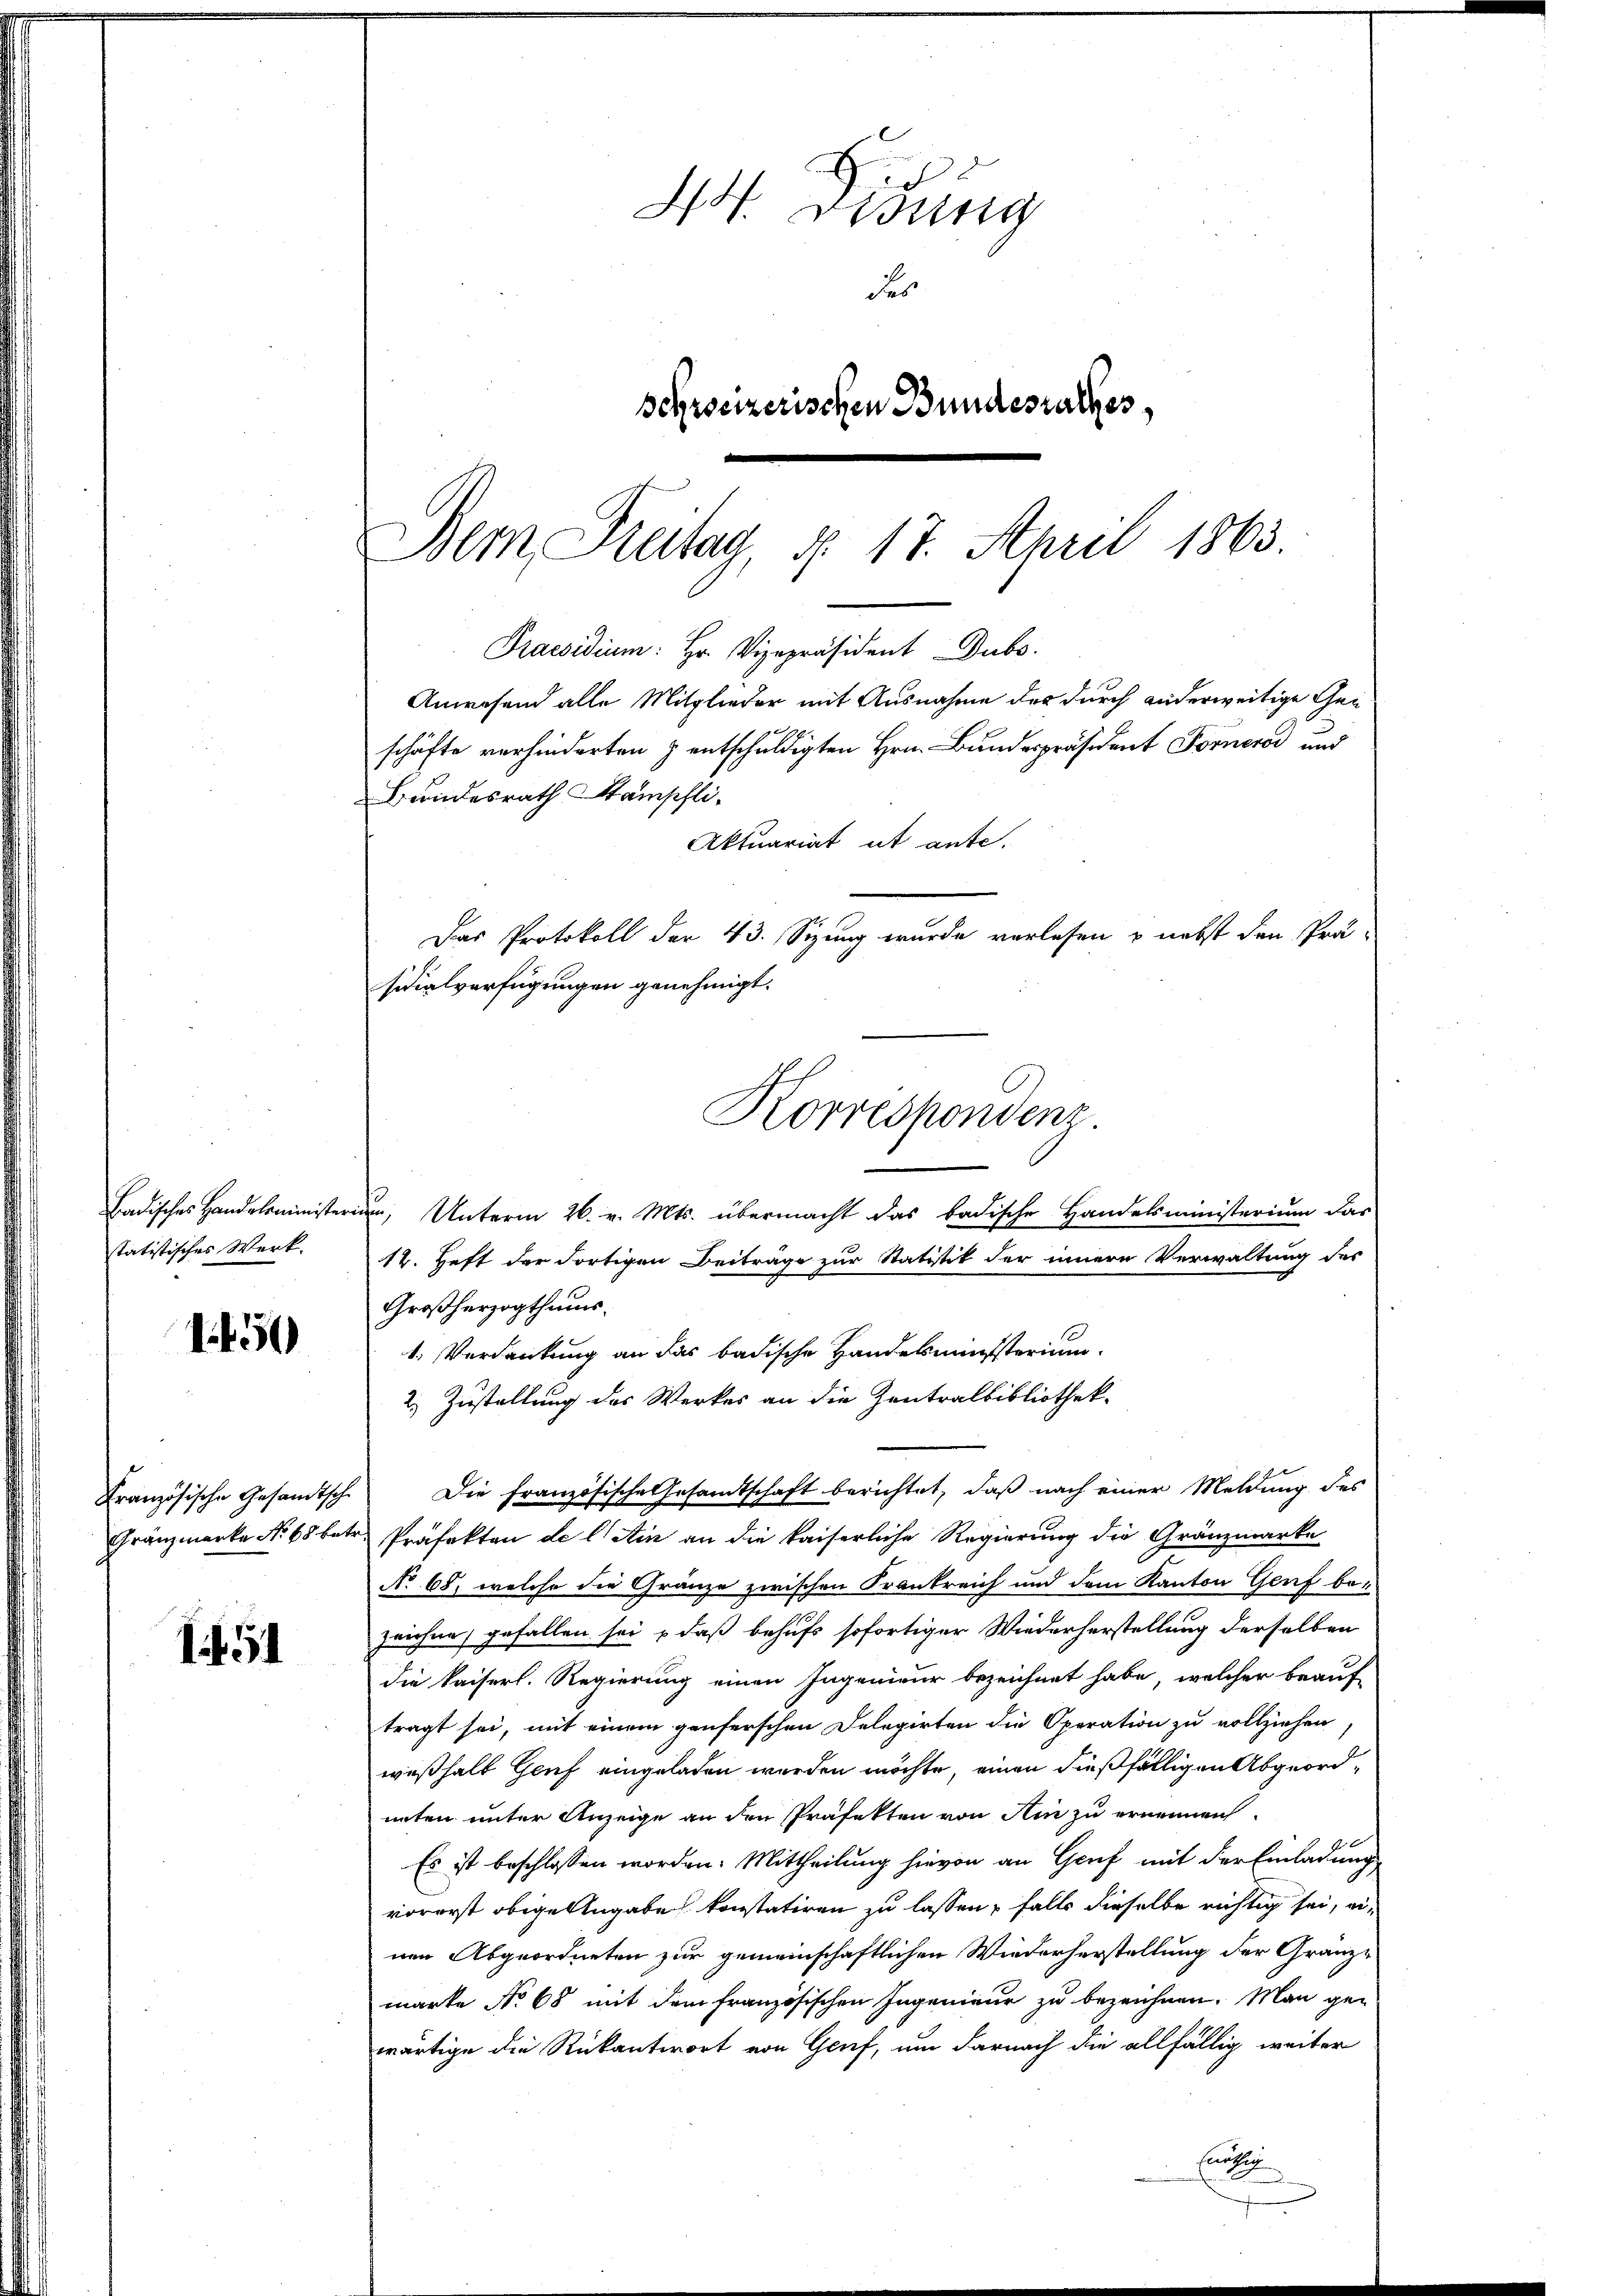
Badisches Handelsministeri
statistisches Werk.

1450

Französische Gesandtsche
Gränzmarke No 68 betr.

1451

Dem Breitag, § 17. April 1863.
Praesidium: Hr. Vizepräsident Dubo.
Anwesend alle Mitglieder mit Ausnahme des durch anderweitige Geschäfte verhinderten z entschuldigten Hrn. Bundespräsident Forneros und

Bundesrath Stämschli-
Aktuariat ut ante.
Das Protokoll der 43. Sizung wurde verlesen & nebst den Prä-
u. Unterm 26. v. Mts. übermacht das badische Handelsministerium das
12. Heft der dortigen Beitrage zur Statistik der innern Verwaltung des
Großherzogthums.
1. Verdankung an das badische Handelsministerium.
2.) Zustellung des Werkes an die Zentralbibliothek-
Die Französische Gesamtschaft berichtet, daß nach einer Meldung des
Präfekten de l Ain an die kaiserliche Regierung die Gränzmarke
No 68, welche die Granze zwischen Frankreich und dem Kanton Genf bezeichne gefallen sei & daß behufs sofortiger Wiederherstellung derselben
die kaiserl. Regierung einen Ingenieur bezeichnet habe, welcher beauf-
tragt sei, mit einem genferschen Delegirten die Operation zu vollziehen
weßhalb Genf eingeladen werden möchte, einen dießfälligen Abgeordunten unter Anzeige an den Präfekten von Ain zu ernennen.
Es ist beschlossen worden. Mittheilung hievon an Genf mit der Einladung
vorerst obige Angabe konstatiren zu lassen, falls dieselbe richtig sei, einen Abgeordneten zur gemeinschaftlichen Wiederherstellung der Granzmarke No 68 mit dem französischen Ingenieur zu bezeichnen. Man ge-
wärtige die Rückantwort von Genf, um darnach die allfällig weiter
Endlich

sidialverfügungen genehmigt.

A.
4 Didung
des
Schreizerischen Bundesrathes,

Korrespondenz.